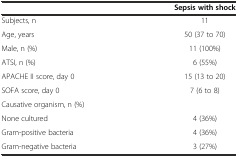
|  | Sepsis with shock |
 | --- | --- |
 | Subjects, n | 11 |
 | Age, years | 50 (37 to 70) |
 | Male, n (%) | 11 (100%) |
 | ATSI, n (%) | 6 (55%) |
 | APACHE II score, day 0 | 15 (13 to 20) |
 | SOFA score, day 0 | 7 (6 to 8) |
 | Causative organism, n (%) |  |
 | None cultured | 4 (36%) |
 | Gram-positive bacteria | 4 (36%) |
 | Gram-negative bacteria | 3 (27%) |